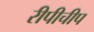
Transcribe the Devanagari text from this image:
रीपीचीप